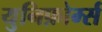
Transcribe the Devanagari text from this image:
युनिफ़ोर्म्स